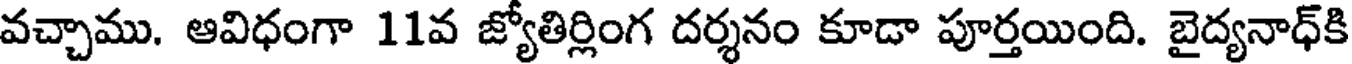
వచ్చాము. ఆవిధంగా 11వ జ్యోతిర్లింగ దర్శనం కూడా పూర్తయింది. బైద్యనాధ్కి